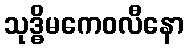
သုဒ္ဓိမကေဝလီနော